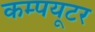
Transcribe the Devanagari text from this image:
कम्पयूटर